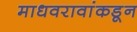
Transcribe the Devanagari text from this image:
माधवरावांकडून